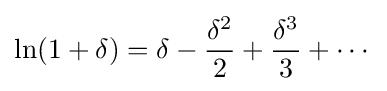
\ln(1+\delta )=\delta -{\frac {\delta ^{2}}{2}}+{\frac {\delta ^{3}}{3}}+\cdots